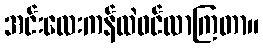
အင်းလေးကန်ထဲဝင်လာကြတာ။